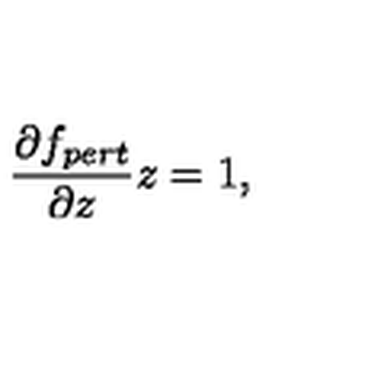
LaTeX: \frac { \partial f _ { p e r t } } { \partial z } z = 1 ,